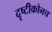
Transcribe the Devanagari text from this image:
दृष्टीकोनच